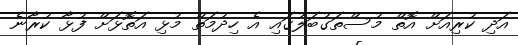
އަދި ކުރިއަށް އޮތް މުސްތަގުބަލުގައި އެ ހިދުމަތް މުޅި އަތޮޅަށް ފުޅާ ކުރާނެ